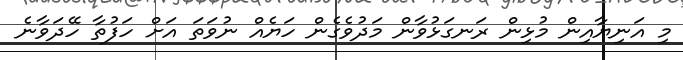
މި އަނިޔާއިން މުޅިން ރަނގަޅުވާން މަދުވެގެން ހަޔެއް ނުވަތަ އަށް ހަފުތާ ހޭދަވާނެ